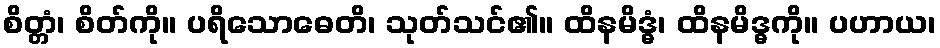
စိတ္တံ၊ စိတ်ကို။ ပရိသောဓေတိ၊ သုတ်သင်၏။ ထိနမိဒ္ဓံ၊ ထိနမိဒ္ဓကို။ ပဟာယ၊